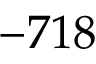
- 7 1 8